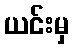
ယင်းမှ